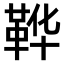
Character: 𫖇